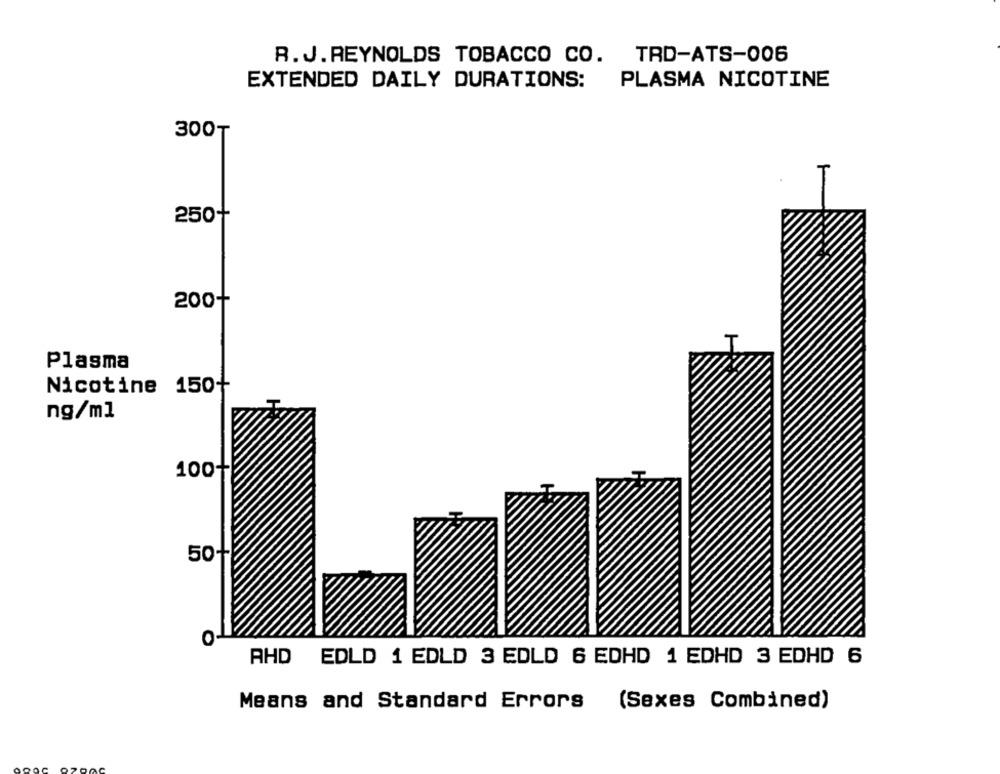
R. J.REYNOLDS TOBACCO CO. TRD-ATS-006
EXTENDED DAILY DURATIONS:
PLASMA NICOTINE
300T
250+
200+
Plasma
Nicotine 150+
ng/ml
100+
50+
AHD EDLD 1 EDLD 3 EDLD 6 EDHD 1 EDHD 3 EDHD 6
Means and Standard Errors (Sexes Combined)